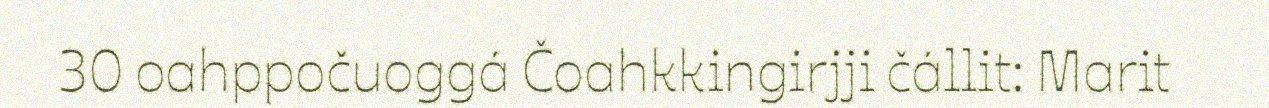
30 oahppočuoggá Čoahkkingirjji čállit: Marit